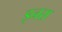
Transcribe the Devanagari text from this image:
इनरा